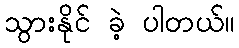
သွားနိုင် ခဲ့ ပါတယ်။